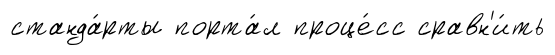
станда́рты порта́л проце́сс сравн'и́ть